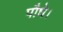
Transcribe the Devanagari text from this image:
पौधे।